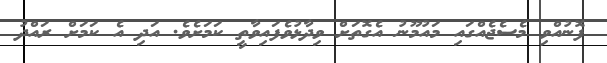
ފޮނުއްވި މެސެޖެއްގައި މައުމޫނު އެގޮތަށް ވިދާޅުވެފައިވާތީ ކަމަށެވެ. އަދި އެ ކަމަށް ރައްދު